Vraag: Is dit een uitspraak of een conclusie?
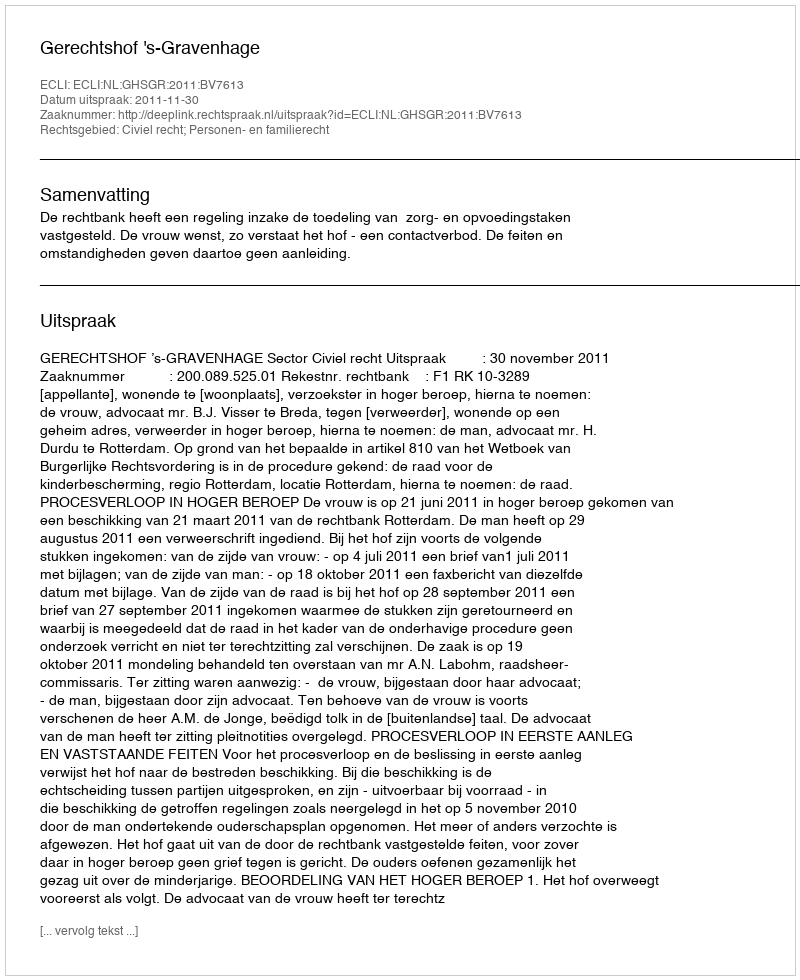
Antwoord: Uitspraak